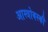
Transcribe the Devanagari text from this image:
आस्त्रोबस्की